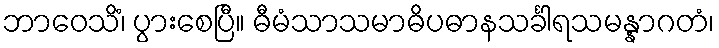
ဘာဝေသိံ၊ ပွားစေပြီ။ ဓီမံသာသမာဓိပဓာနသင်္ခါရသမန္နာဂတံ၊